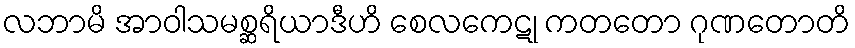
လဘာမိ အာဝါသမစ္ဆရိယာဒီဟိ စေလကေဋု ကတတော ဂုဏတောတိ